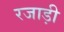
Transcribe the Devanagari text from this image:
रजाड़ी